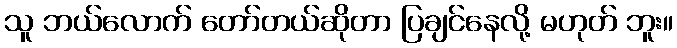
သူ ဘယ်လောက် တော်တယ်ဆိုတာ ပြချင်နေလို့ မဟုတ် ဘူး။